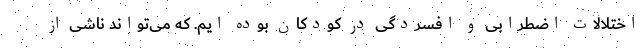
اختلالات اضطرابی و افسردگی در کودکان بوده ایم. که می‌تواند ناشی از